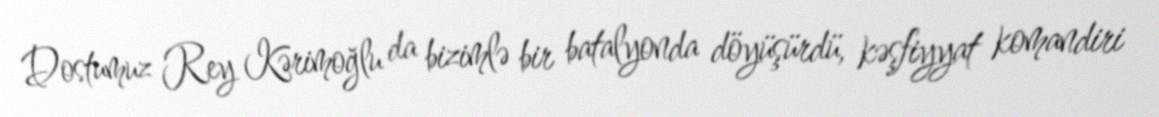
Dostumuz Rey Kərimoğlu da bizimlə bir batalyonda döyüşürdü, kəşfiyyat komandiri